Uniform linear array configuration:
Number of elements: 4
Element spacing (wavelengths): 0.25
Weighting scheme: kaiser
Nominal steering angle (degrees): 0
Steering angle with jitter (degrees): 0.8243
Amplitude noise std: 0.05
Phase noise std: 0.05

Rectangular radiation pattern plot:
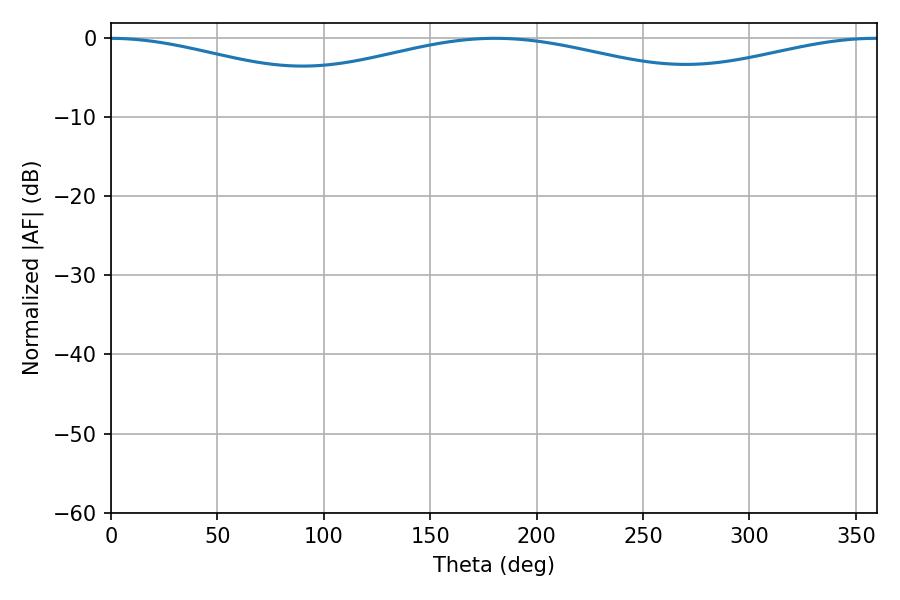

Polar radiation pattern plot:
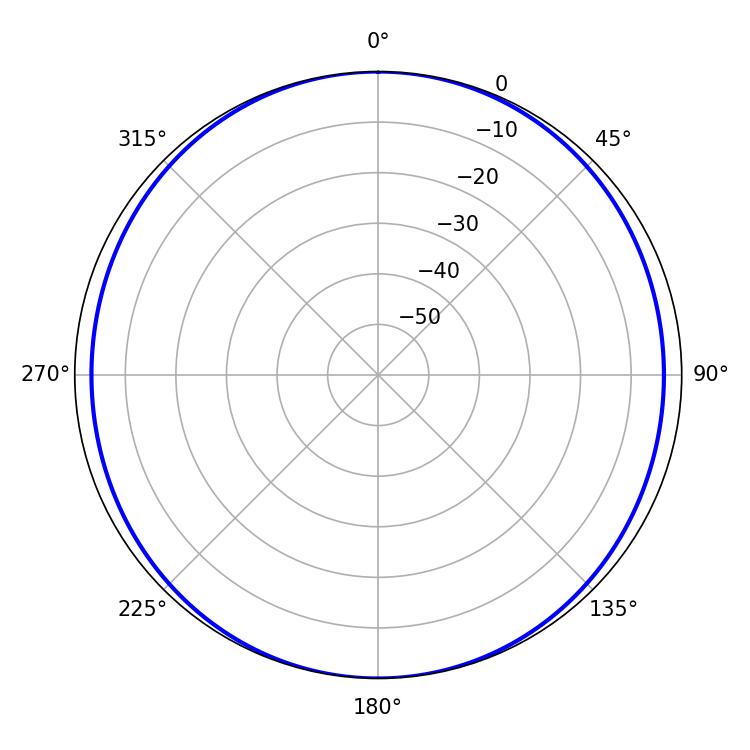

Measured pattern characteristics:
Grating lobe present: FALSE
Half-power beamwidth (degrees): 141.66
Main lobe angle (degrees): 180.54